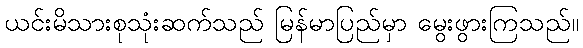
ယင်းမိသားစုသုံးဆက်သည် မြန်မာပြည်မှာ မွေးဖွားကြသည်။